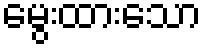
မွေးထားသော